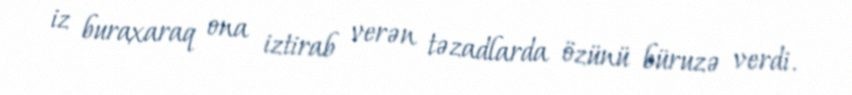
iz buraxaraq ona iztirab verən təzadlarda özünü büruzə verdi.